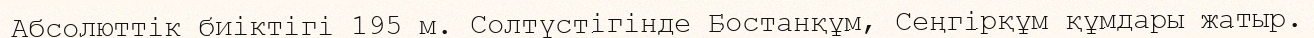
Абсолюттiк биіктігі 195 м. Солтүстігінде Бостанқұм, Сеңгірқұм құмдары жатыр.